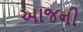
આજની